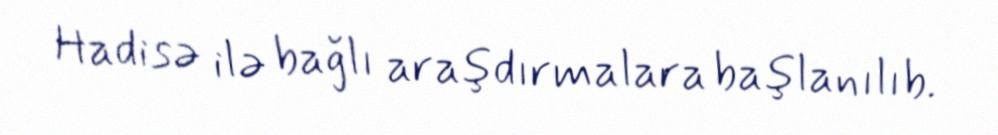
Hadisə ilə bağlı araşdırmalara başlanılıb.